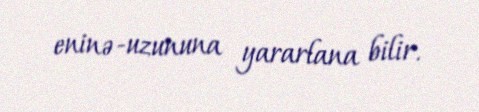
eninə-uzununa yararlana bilir.